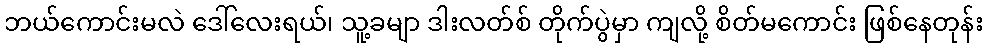
ဘယ်ကောင်းမလဲ ဒေါ်လေးရယ်၊ သူ့ခမျာ ဒါးလတ်စ် တိုက်ပွဲမှာ ကျလို့ စိတ်မကောင်း ဖြစ်နေတုန်း